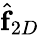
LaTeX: \hat{\boldsymbol{\mathrm{f}}}_{2D}